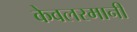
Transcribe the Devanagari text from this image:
केवलरमानी